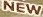
NEW